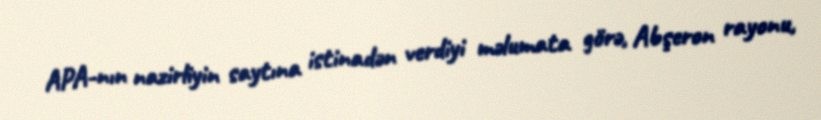
APA-nın nazirliyin saytına istinadən verdiyi məlumata görə, Abşeron rayonu,